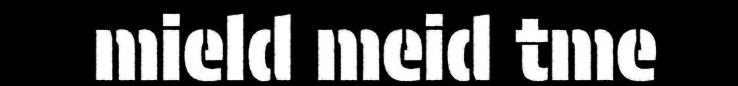
mield meid tme